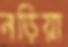
নড়িয়া